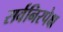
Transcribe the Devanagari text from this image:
सर्वनिरपेक्ष